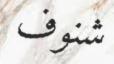
شنوف